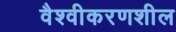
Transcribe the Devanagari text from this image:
वैश्वीकरणशील